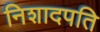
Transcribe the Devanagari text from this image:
निशादपति